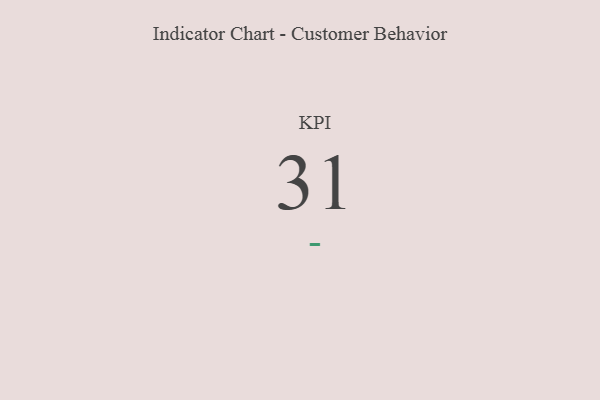
{"axis": {"x": "KPI", "y": "Value"}, "legend": [""], "data": [{"x": "KPI", "y": 31, "type": ""}]}